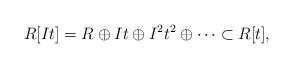
LaTeX: \begin{align*}R[It] = R \oplus I t \oplus I^2 t^2 \oplus \cdots \subset R[t],\end{align*}